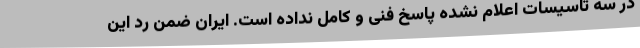
در سه تاسیسات اعلام نشده پاسخ فنی و کامل نداده است. ایران ضمن رد این